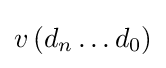
v\left(d_{n}\ldots d_{0}\right)